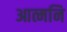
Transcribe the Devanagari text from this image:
आत्मनि